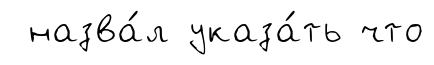
назва́л указа́ть что